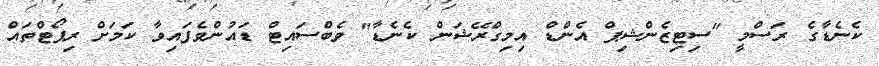
ކެނެޑާގެ ރަސްމީ "ސިޓިޒެންޝިޕް އެންޑް އިމިގްރޭޝަން ކެނެޑާ" ވެބްސައިޓް ޑައުންވެފައިވާ ކަމަށް ރިޕޯޓްތައް